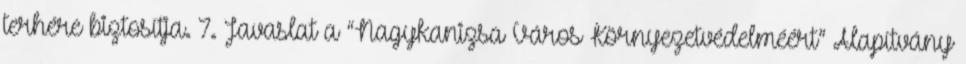
terhére biztosítja. 7. Javaslat a “Nagykanizsa Város Környezetvédelméért” Alapítvány